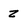
Character: z